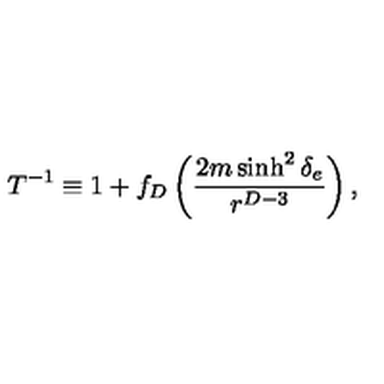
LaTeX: T ^ { - 1 } \equiv 1 + f _ { D } \left( { \frac { 2 m \sinh ^ { 2 } \delta _ { e } } { r ^ { D - 3 } } } \right) ,